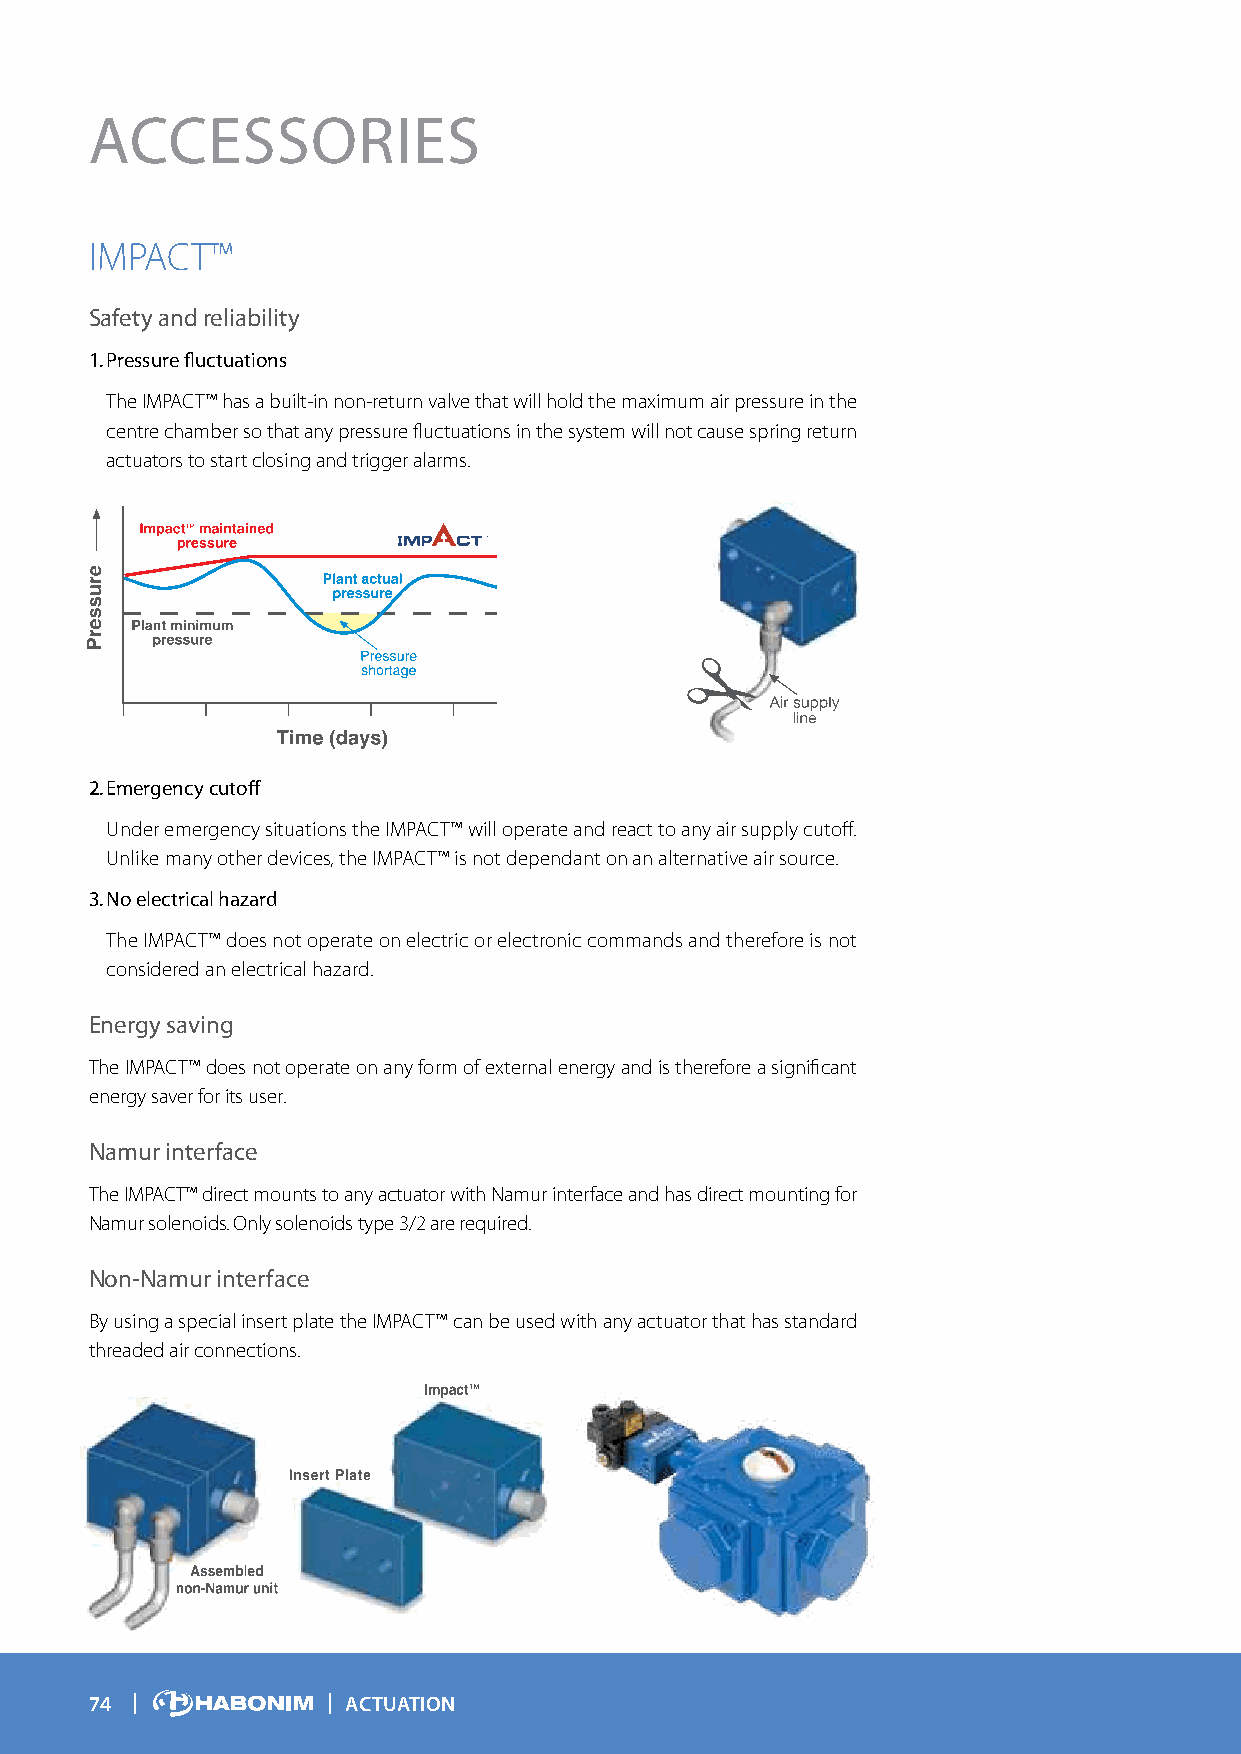
ACCESSORIES
 IMPACT™
 Safety and reliability
 1. Pressure fluctuations
 The IMPACT™ has a built-in non-return valve that will hold the maximum air pressure in the
 centre chamber so that any pressure fluctuations in the system will not cause spring return
 actuators to start closing and trigger alarms.
 2. Emergency cutoff
 Under emergency situations the IMPACT™ will operate and react to any air supply cutoff.
 Unlike many other devices, the IMPACT™ is not dependant on an alternative air source.
 3. No electrical hazard
 The IMPACT™ does not operate on electric or electronic commands and therefore is not
 considered an electrical hazard.
 Energy saving
 The IMPACT™ does not operate on any form of external energy and is therefore a significant
 energy saver for its user.
 Namur interface
 The IMPACT™ direct mounts to any actuator with Namur interface and has direct mounting for
 Namur solenoids. Only solenoids type 3/2 are required.
 Non-Namur interface
 By using a special insert plate the IMPACT™ can be used with any actuator that has standard
 threaded air connections.
 74               ACTUATION